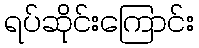
ရပ်ဆိုင်းကြောင်း